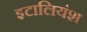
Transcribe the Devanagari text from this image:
इटालियंश